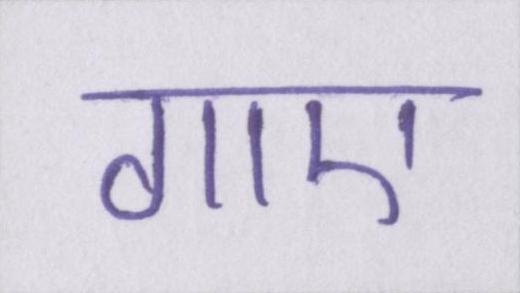
गाए